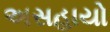
અસહાયો